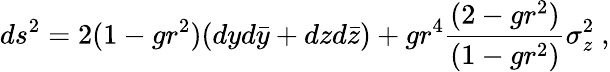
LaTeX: ds^{2}=2(1-gr^{2})(dyd\bar{y}+dzd\bar{z})+gr^{4}{\frac{(2-gr^{2})}{(1-gr^{2})}}\sigma_{z}^{2}\ ,